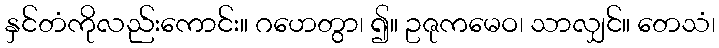
နှင်တံကိုလည်းကောင်း။ ဂဟေတွာ၊ ၍။ ဥဇုကမေဝ၊ သာလျှင်။ တေသံ၊